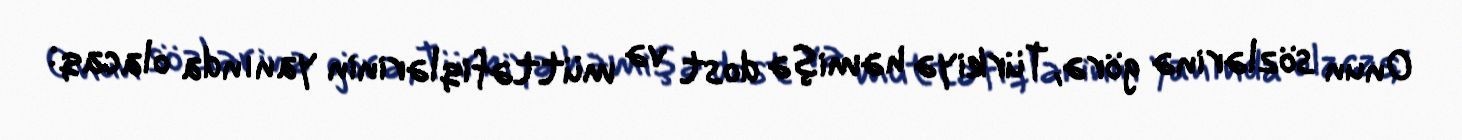
Onun sözlərinə görə, Türkiyə həmişə dost və müttəfiqlərinin yanında olacaq: